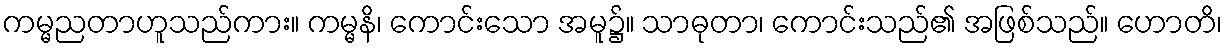
ကမ္မညတာဟူသည်ကား။ ကမ္မနိ၊ ကောင်းသော အမူ၌။ သာဓုတာ၊ ကောင်းသည်၏ အဖြစ်သည်။ ဟောတိ၊